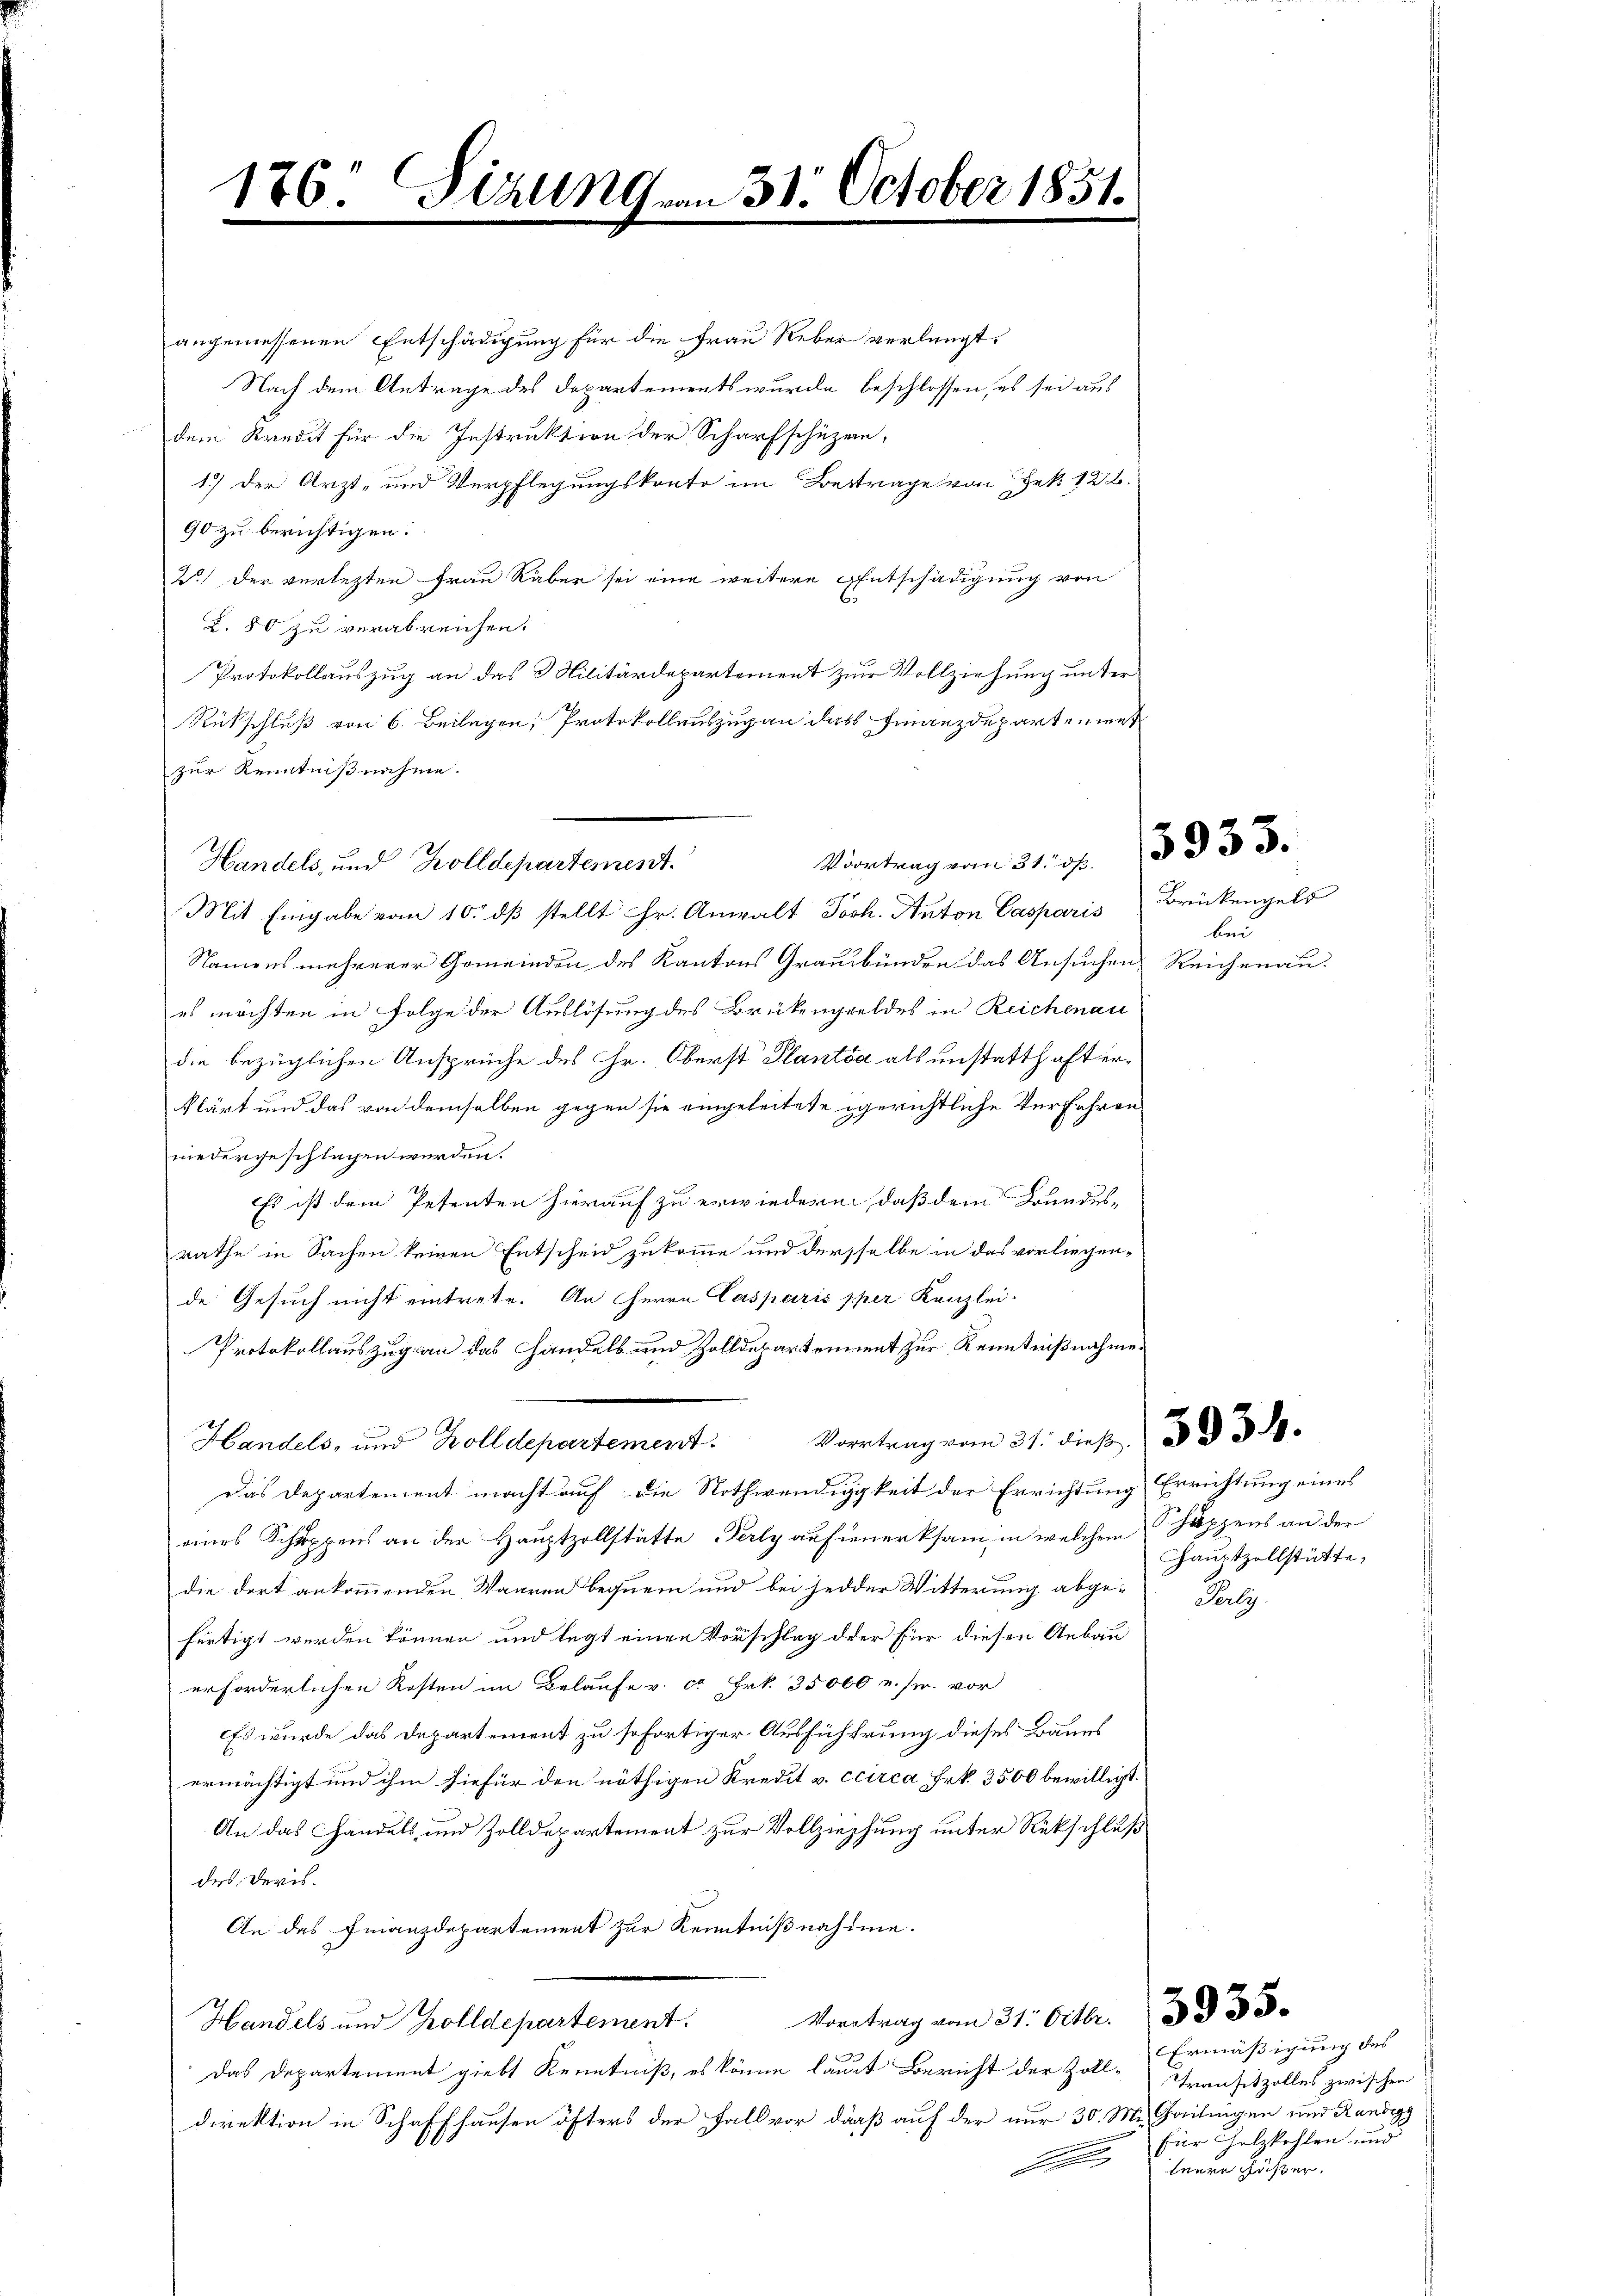
angemessenen Entschädigung für die Frau Reber verlangt,
Nach dem Antrage des Departements wurde beschlossen, es sei aus
dem Kredit für die Instruktion der Scharfschüzen,
1.) Der Arzt- und Verpflegungskonte im Betrage von Bek. 126.
90 zu berichtigen:
2.) Der verlezten Frau Räber sei eine weitere Entschädigung von
2. 80 zu verabreichen.
Protokollauszug an das Militärdepartement zur Vollziehung unter
Rückschluß von 6. Beilagen, Protokollauszug an das Finanzdepartement
zur Kenntnißnahme.
Mit Eingabe vom 10. dβ stellt Hr. Anwalt Joch. Anton Casparis
Namens mehrerer Gemeinden des Kantons Graubünden das Ansuchen Reichenau.
es möchten in Folge der Auslösung des Brükengeldes in Reichenau
die bezüglichen Ansprüche des Hr. Oberst Planta als unstatthaft erklärt und das von demselben gegen sie eingeleitete gerichtliche Verführen
niedergeschlagen werden.
Es ist dem Petenten hierauf zu erwiedern, daß dem Bundesrathe in Sachen keinen Entscheid zukomme und dersselbe in das vorliegende Gesuch nicht eintrete. An Herrn Casparis pper Kanzlei-
Protokollauszug an das Handels- und Zolldepartement zur Kenntnißnahme
Handels, und Zolldepartement. Vortrag vom 21. dies     39
Das Departement macht auf die Nothwendigkeit der Errichtung Errichtung eines
eines Schuppens an der Hauptzollstätte Perly aufmerksam in welchem Schöppens an der
die dort ankommenden Waaren bequem und bei jeder Witterung abgefertigt werden können und legt einen Vorschlag der für diesen Anbau
erforderlichen Kosten im Belaufe v. ca Frk. 35000 u. sr. vor
Es wurde das Departement zu sofortiger Ausführung dieses Baues
ermächtigt und ihm hiefür den nöthigen Kredit v. ccirca Frk. 3500 bewilligt.
An das Handels- und Zolldepartement zur Vollziehung unter Rückschluß
des Devis
An das Finanzdepartement zur Kenntnißnahme.
Handels und Zolldepartement. Vortrag vom 31. Octbr.
Das Departement giebt Kenntniß, es könne laut Bericht der Zolldirektion in Schaffhausen öfters der Fall vor, daß auf der nur 30. Mr. Gailingen und Randegg

176. Sizung vom 31. October 1851.

Handels, und Zolldepartement.

Voortrag vom 31. ds.

3933.

Brükengels
bend

hauptzollstätte,

Serly.

Ermäßigung des
Transitzolles zwischen
für Holzkohlen und
lerer Fässer.